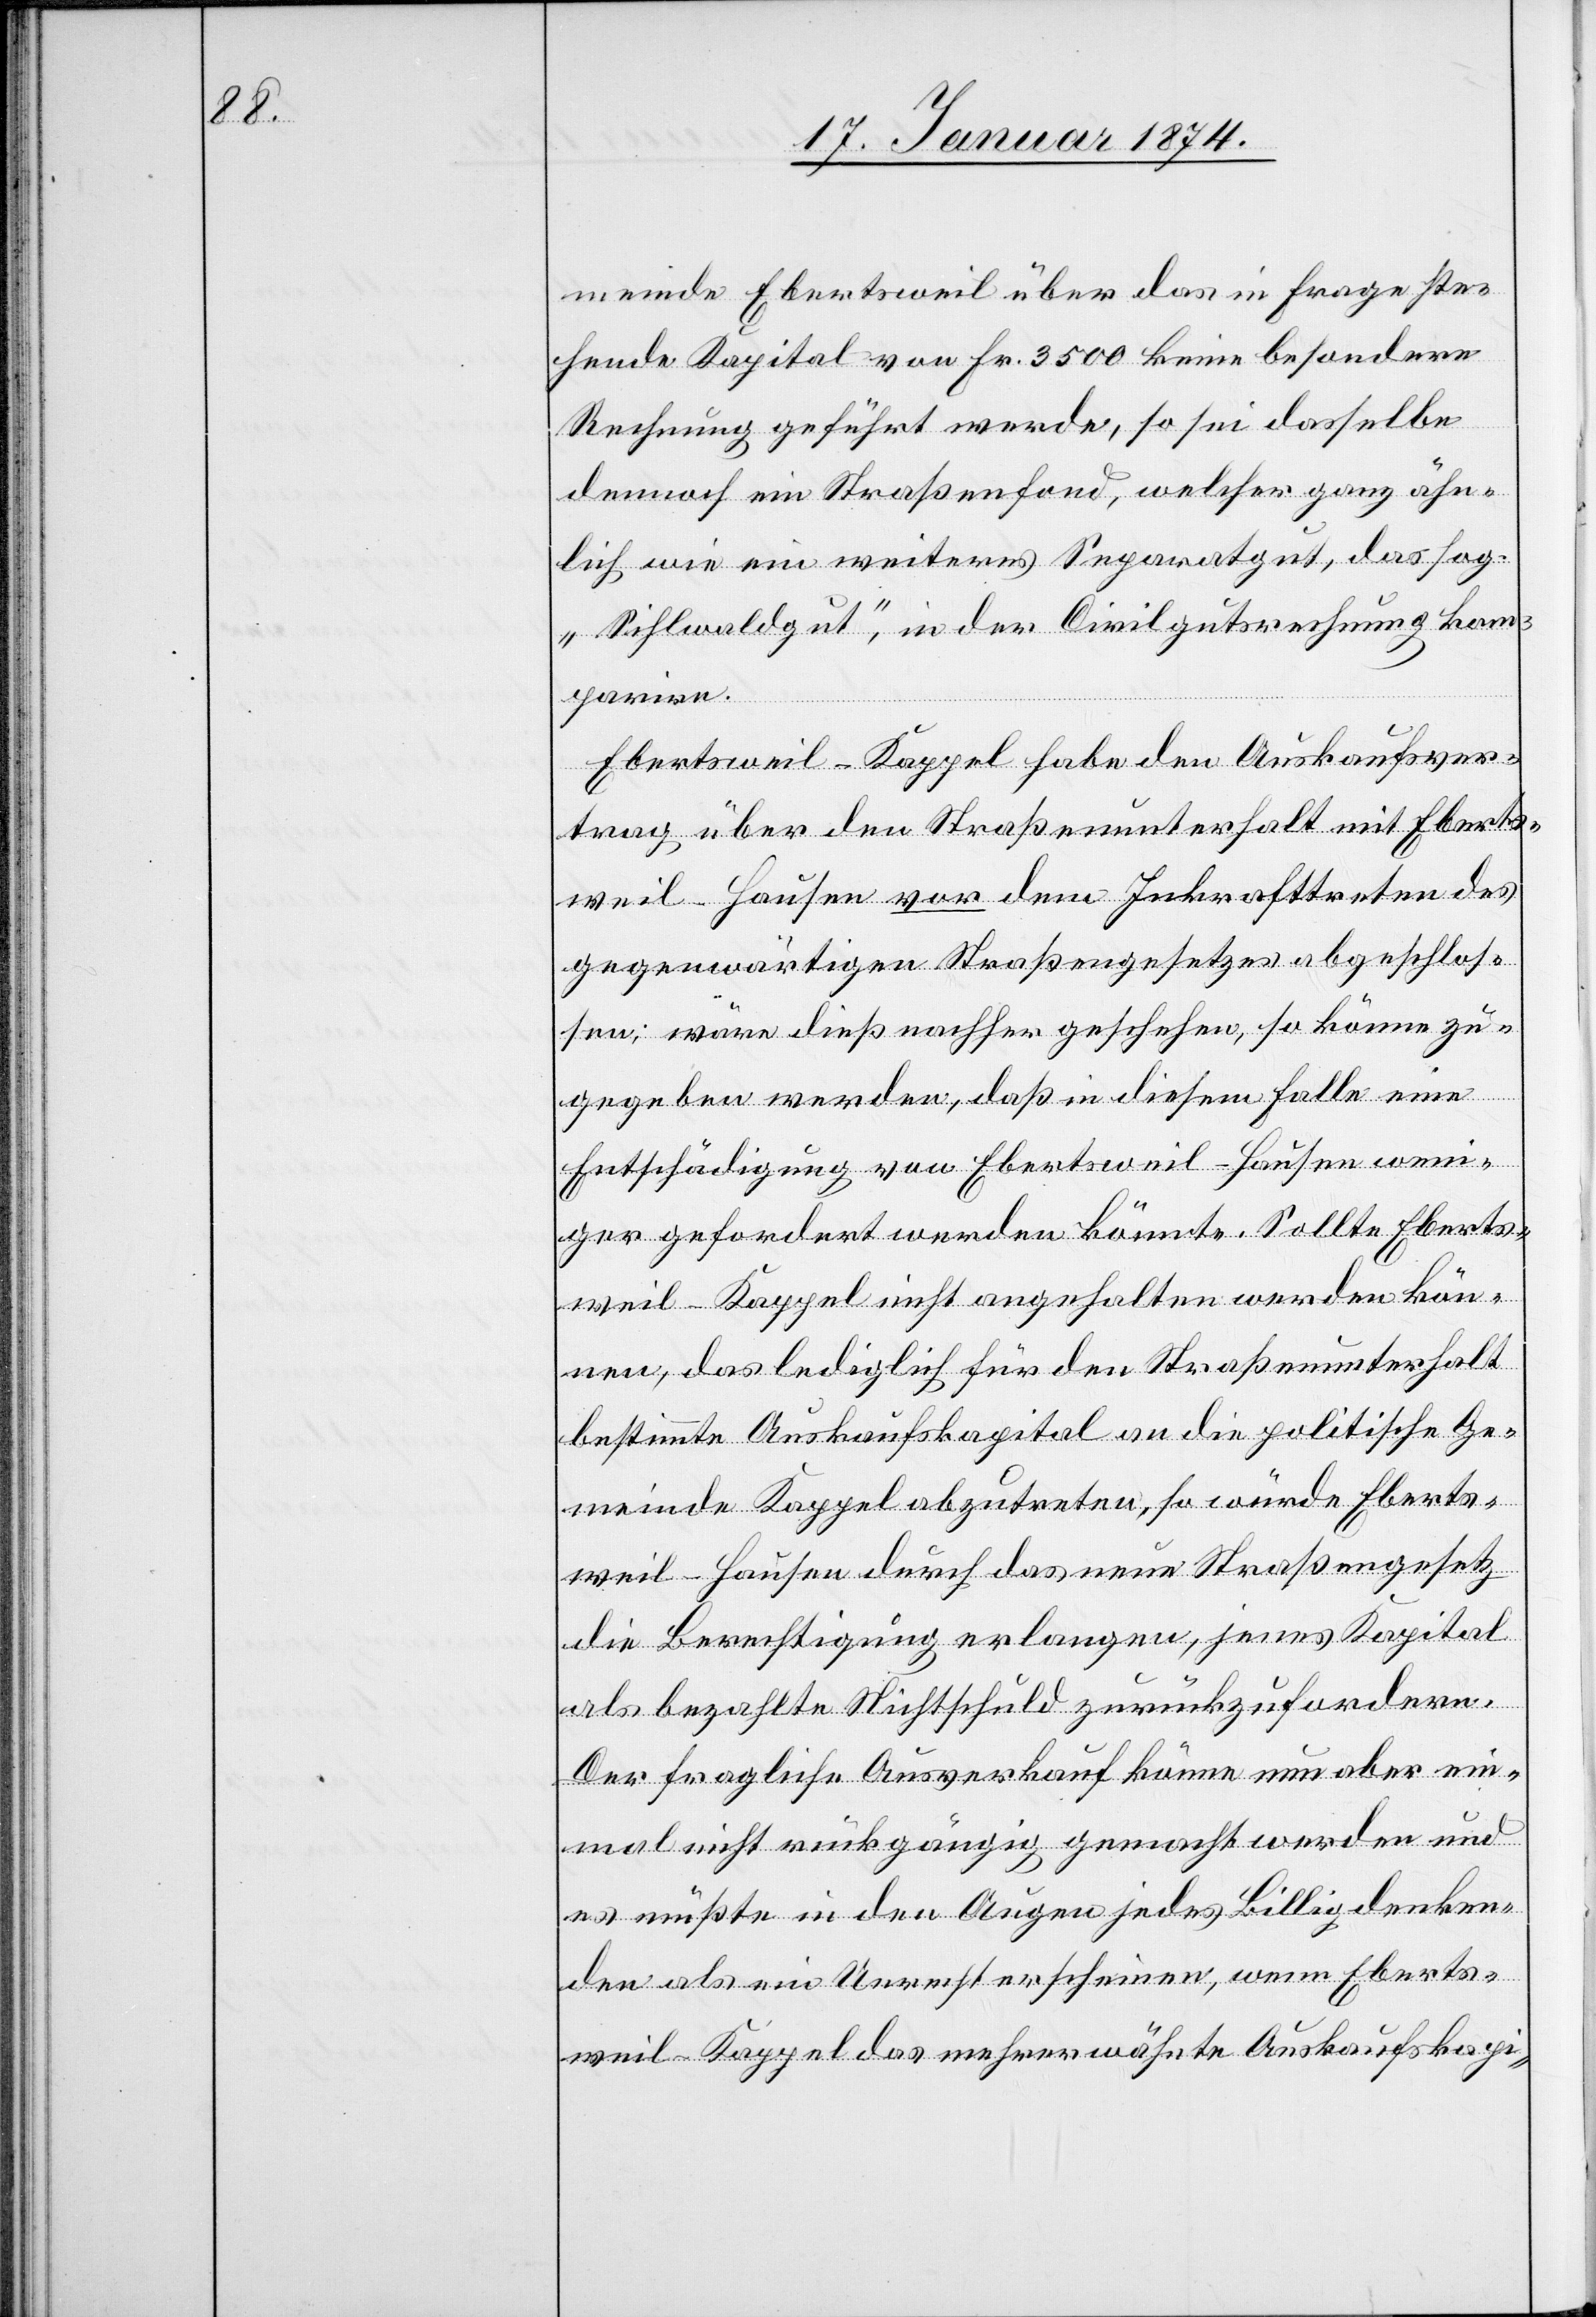
meinde Ebertsweil über das in Frage ste¬
hende Kapital von Fr. 3500 keine besondere
Rechnung geführt werde, so sei dasselbe
dennoch ein Straßenfond, welcher ganz ähn¬
lich wie ein weiteres Separatgut, das sog.
„Sihlwaldgut“, in der Civilgutsrechnung kom¬
parire.
Ebertsweil-Kappel habe den Auskaufsver¬
trag über den Straßenunterhalt mit Ebert¬
wseil-Hausen vor dem Inkrafttreten des
gegenwärtigen Straßengesetzes abgeschlos¬
sen; wäre dieß nachher geschehen, so könne zu¬
gegeben werden, daß in diesem Falle eine
Entschädigung von Ebertsweil-Hausen weni¬
ger gefordert werden könnte. Sollte Eberts¬
weil-Kappel nicht angehalten werden kön¬
nen, das lediglich für den Straßenunterhalt
bestimmte Auskaufskapital an die politische Ge¬
meinde Kappel abzutreten, so würde Eberts¬
weil-Hausen durch das neue Straßengesetz
die Berechtigung erlangen, jenes Kapital
als bezahlte Nichtschuld zurückzufordern.
Der fragliche Ausverkauf könne nun aber ein¬
mal nicht rückgängig gemacht werden und
es müßte in den Augen jedes Billigdenken¬
den als ein Unrecht erscheinen, wenn Eberts¬
weil-Kappel das mehrerwähnte Auskaufskapi-